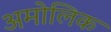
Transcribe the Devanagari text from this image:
अमोलिक